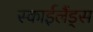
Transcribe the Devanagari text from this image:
स्‍काईलैंड्स